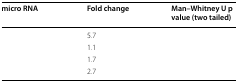
<table><thead><tr><td><b>micro RNA</b></td><td><b>Fold change</b></td><td><b>Man–Whitney U p value (two tailed)</b></td></tr></thead><tbody><tr><td>[EMPTY_CELL]</td><td>5.7</td><td>[EMPTY_CELL]</td></tr><tr><td>[EMPTY_CELL]</td><td>1.1</td><td>[EMPTY_CELL]</td></tr><tr><td>[EMPTY_CELL]</td><td>1.7</td><td>[EMPTY_CELL]</td></tr><tr><td>[EMPTY_CELL]</td><td>2.7</td><td>[EMPTY_CELL]</td></tr></tbody></table>